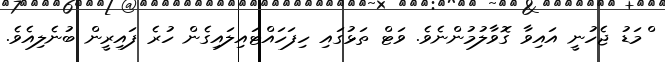
ްްމަޑު ޖެހުނީ އައިވާ ގޮވާލުމުންނެވެ. ވަޓް ތަޅުގައި ހިފަހައްޓައިލައިގެން ހުރެ ފައިރީން ބުނެލިއެވެ.